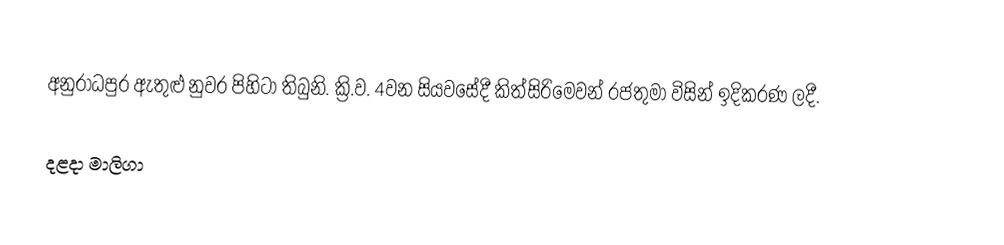
අනුරාධපුර ඇතුළු නුවර පිහිටා තිබුනි. ක්‍රි.ව. 4වන සියවසේදී කිත්සිරිමෙවන් රජතුමා විසින් ඉදිකරණ ලදී.

දළදා මාලිගා